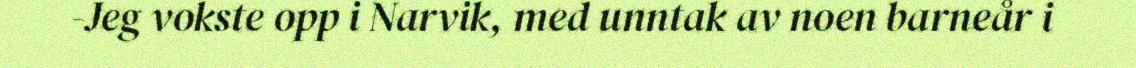
-Jeg vokste opp i Narvik, med unntak av noen barneår i